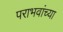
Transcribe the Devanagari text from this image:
पराभवांच्या